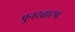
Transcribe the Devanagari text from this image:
पुनरवाटप